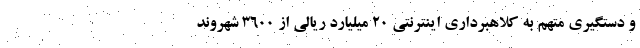
و دستگیری متهم به کلاهبرداری اینترنتی 20 میلیارد ریالی از 3600 شهروند